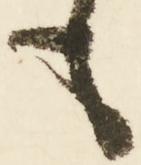
も